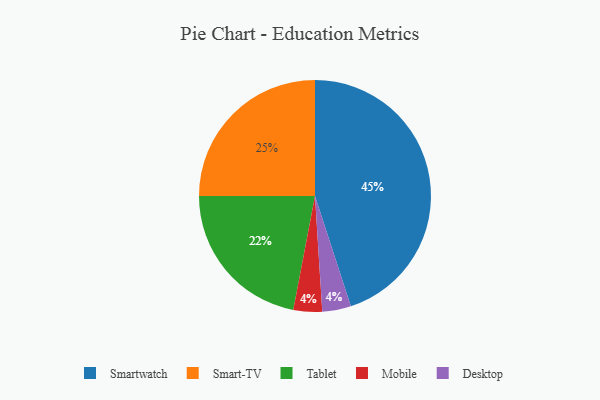
{"axis": {"x": "Category", "y": "Percentage"}, "legend": ["Desktop", "Mobile", "Smart-TV", "Smartwatch", "Tablet"], "data": [{"x": "Tablet", "y": 22, "type": "Tablet"}, {"x": "Smartwatch", "y": 45, "type": "Smartwatch"}, {"x": "Mobile", "y": 4, "type": "Mobile"}, {"x": "Desktop", "y": 4, "type": "Desktop"}, {"x": "Smart-TV", "y": 25, "type": "Smart-TV"}]}